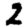
Digit: 2